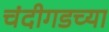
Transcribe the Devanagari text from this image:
चंदीगडच्या